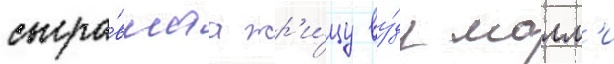
сыгра́вшаа жр'и́цу ву́ду молл'и